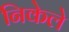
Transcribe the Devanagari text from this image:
निकेले